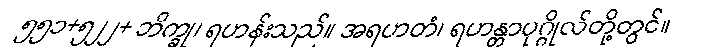
၅၅၁+၅၂၂+ ဘိက္ခု၊ ရဟန်းသည်။ အရဟတံ၊ ရဟန္တာပုဂ္ဂိုလ်တို့တွင်။